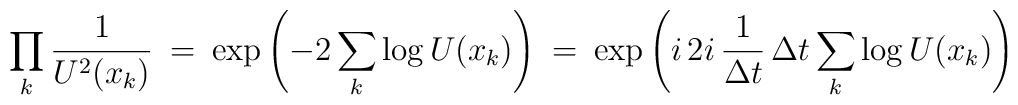
\prod_k \frac{1}{U^2(x_k)} \> = \>\exp \left ( - 2 \sum_k \log U(x_k) \right ) \> = \>\exp \left ( i  \, 2 i \, \frac{1}{\Delta t} \, \Delta t \sum_k \log U(x_k) \right )